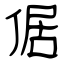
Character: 倨